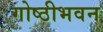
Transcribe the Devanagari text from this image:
गोष्ठीभवन